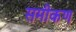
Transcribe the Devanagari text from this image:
समीकण